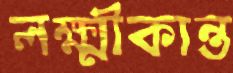
লক্ষ্মীকান্ত